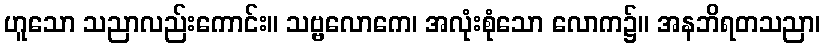
ဟူသော သညာလည်းကောင်း။ သဗ္ဗလောကေ၊ အလုံးစုံသော လောက၌။ အနဘိရတသညာ၊